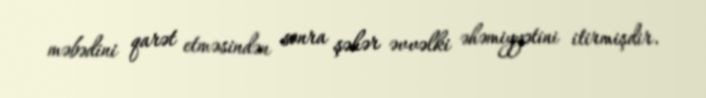
məbədini qarət etməsindən sonra şəhər əvvəlki əhəmiyyətini itirmişdir.